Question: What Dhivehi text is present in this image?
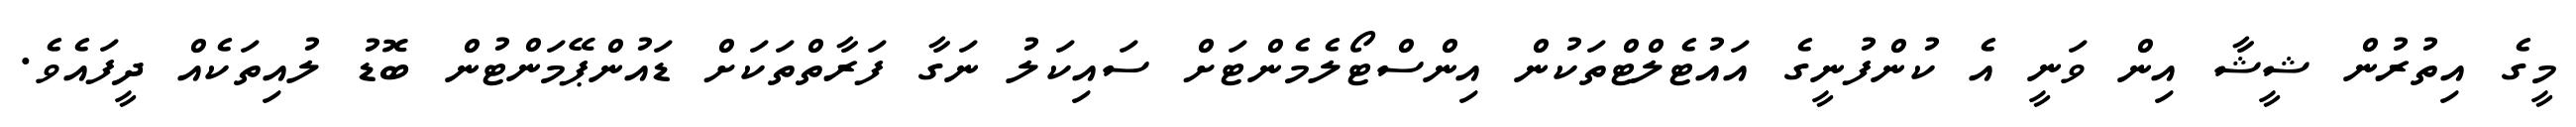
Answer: މީގެ އިތުރުން ޝީޝާ އިން ވަނީ އެ ކުންފުނީގެ އައުޓެލްޓްތަކުން އިންސްޓޯލެމެންޓަށް ސައިކަލު ނަގާ ފަރާތްތަކަށް ޑައުންޕޭމަންޓުން ބޮޑު ލުއިތަކެއް ދީފައެވެ.